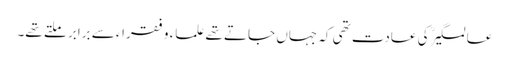
عالمگیرؒ کی عادت تھی کہ جہاں جاتے تھے علماء و فقراء سے برابر ملتے تھے۔